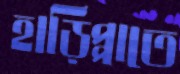
হাড়িপ্পাতে